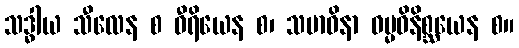
သဒ္ဓါယ သီလေန စ ဝီရိယေန စ၊ သမာဓိနာ ဓမ္မဝိနိစ္ဆယေန စ။